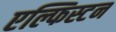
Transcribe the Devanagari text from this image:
एल्फिस्टन